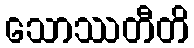
သောဿတီတိ